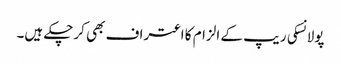
پولانسکی ریپ کے الزام کا اعتراف بھی کرچکے ہیں۔